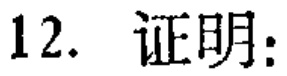
12. 证明：